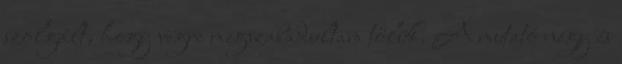
szolgált, hogy végre megszabadultam tőlük. A mutató négy és